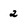
Character: 2